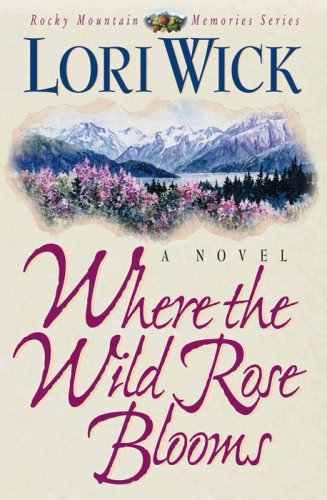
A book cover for Where the Wild Rose Blooms (Rocky Mountain Memories); Lori Wick; Religion & Spirituality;